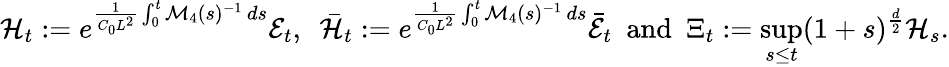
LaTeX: \mathcal{H}_{t}:=e^{\frac{1}{C_{0}L^{2}}\int_{0}^{t}\mathcal{M}_{4}(s)^{-1}\, ds}\mathcal{E}_{t},~~\bar{\mathcal{H}}_{t}:=e^{\frac{1}{C_{0}L^{2}}\int_{0}^{t}\mathcal{M}_{4}(s)^{-1}\, ds}\bar{\mathcal{E}}_{t}~~\mathrm{and}~~\Xi_{t}:=\operatorname*{sup}_{s\leq t}(1+s)^{\frac{d}{2}}\mathcal{H}_{s}.